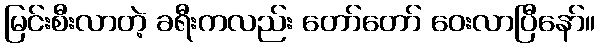
မြင်းစီးလာတဲ့ ခရီးကလည်း တော်တော် ဝေးလာပြီနော်။